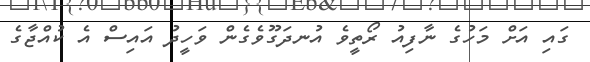
ގައި އަށް މަހުގެ ނާފިއު ރޯތީވެ އުނދަގޫވެގެން ވަހީދު އައިސް އެ ކުއްޖާގެ